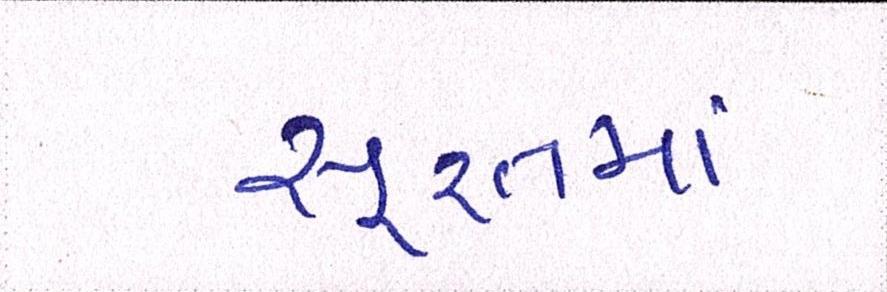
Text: સૂરતમાં